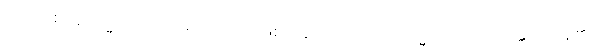
ထိုပဌမဈာန်ဗြဟ္မာအပေါင်းမှအထက်၌ ဖြစ်ကုန်သော။ ဒေဝါ၊ ဗြဟ္မာတို့သည်။ သန္တိ၊ ရှိကုန်၏။